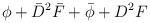
LaTeX: \begin{align*}\phi + \bar{D}^2 \bar{F} + \bar{\phi} + D^2 F\end{align*}